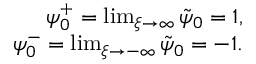
\begin{array} { r } { \psi _ { 0 } ^ { + } = \operatorname* { l i m } _ { \xi \rightarrow \infty } \tilde { \psi } _ { 0 } = 1 , } \\ { \psi _ { 0 } ^ { - } = \operatorname* { l i m } _ { \xi \rightarrow - \infty } \tilde { \psi } _ { 0 } = - 1 . } \end{array}